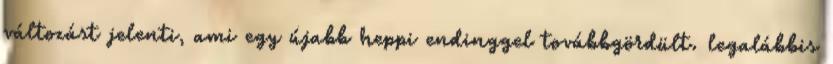
változást jelenti, ami egy újabb heppi endinggel továbbgördült. legalábbis